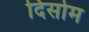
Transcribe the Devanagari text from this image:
दिसोम